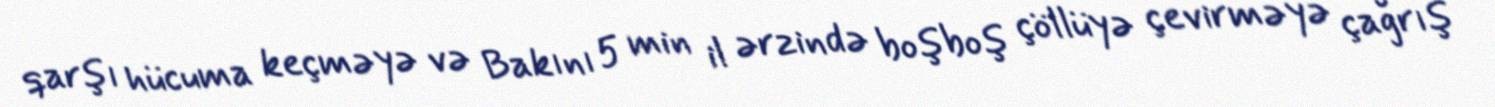
qarşı hücuma keçməyə və Bakını 5 min il ərzində boşboş çöllüyə çevirməyə çağrış